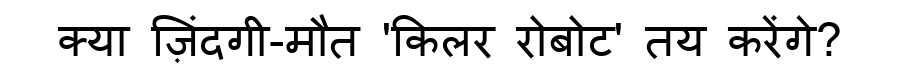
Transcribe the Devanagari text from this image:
क्या ज़िंदगी-मौत 'किलर रोबोट' तय करेंगे?